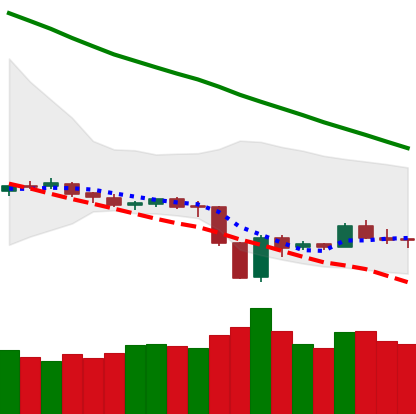
Ticker: LTC-USD
Chart end date: 2019-12-25
Forward return: 5.212%
Label: up_5_7